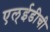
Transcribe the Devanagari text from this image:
एल्‌ईडीची